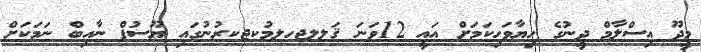
މީދޫ އިސްލާމް ދީނުގެ ހިޔާވަހިކަމަށް އައީ 12ވަނަ ޤަލލޖހލމުކޖކރުނުގައި ޔޫސުފް ނާއިބް ނަމަކަށް